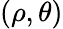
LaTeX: (\rho,\theta)